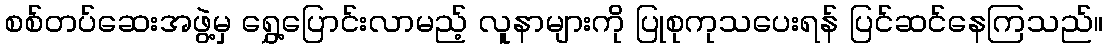
စစ်တပ်ဆေးအဖွဲ့မှ ရွှေ့ပြောင်းလာမည့် လူနာများကို ပြုစုကုသပေးရန် ပြင်ဆင်နေကြသည်။